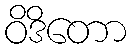
ဝိဒိတော